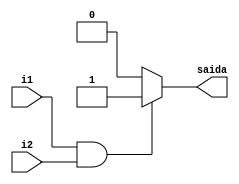
module and1(i1,i2,saida);
input i1, i2;
output saida;
assign saida=(i1&i2)?1:0;




endmodule // and